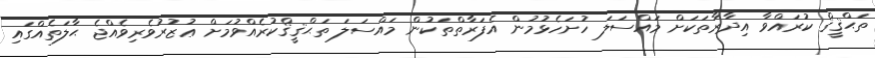
ތަޙްޤީޤް ކުރައްވާ އިދާރާތަކަށް މައްސަލަ ހުށަހެޅުމުން އެފަރާތްތަކުން މައްސަލަ ތަޙްޤީޤްކުރެއްވުމަށް ޢުޒުރުވެރިވެއްޖެ ޙާލަތެއްގައި